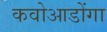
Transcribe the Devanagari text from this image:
कवोआडोंगा